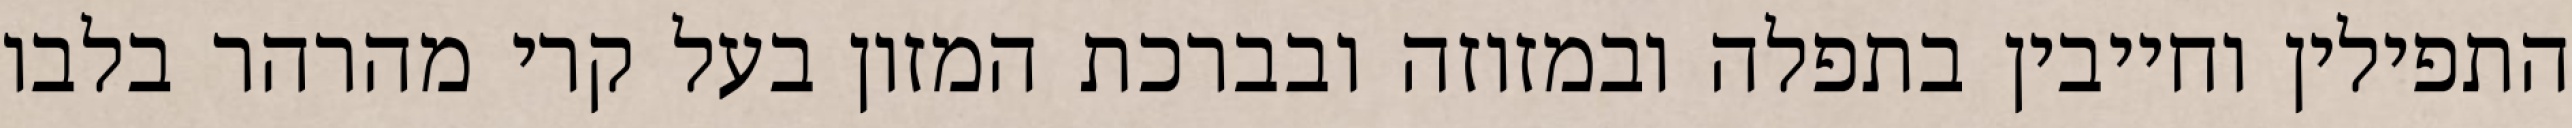
התפילין וחייבין בתפלה ובמזוזה ובברכת המזון בעל קרי מהרהר בלבו